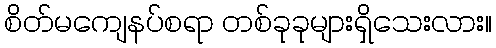
စိတ်မကျေနပ်စရာ တစ်ခုခုများရှိသေးလား။